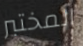
المختبر